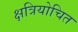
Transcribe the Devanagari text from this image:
क्षत्रियोचित